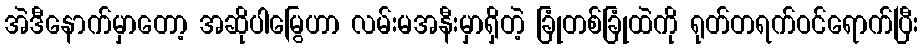
အဲဒီနောက်မှာတော့ အဆိုပါမြွေဟာ လမ်းမအနီးမှာရှိတဲ့ ခြုံတစ်ခြုံထဲကို ရုတ်တရက်ဝင်ရောက်ပြီး